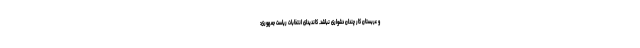
و عربستان کار چندان دشواری نباشد. کاندیدای انتخابات ریاست جمهوری: